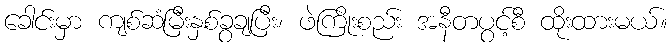
ခေါင်းမှာ ကျစ်ဆံမြီးနှစ်ခွချပြီး၊ ဖဲကြိုးစည်း အနီတပွင့်စီ ထိုးထားမယ်။